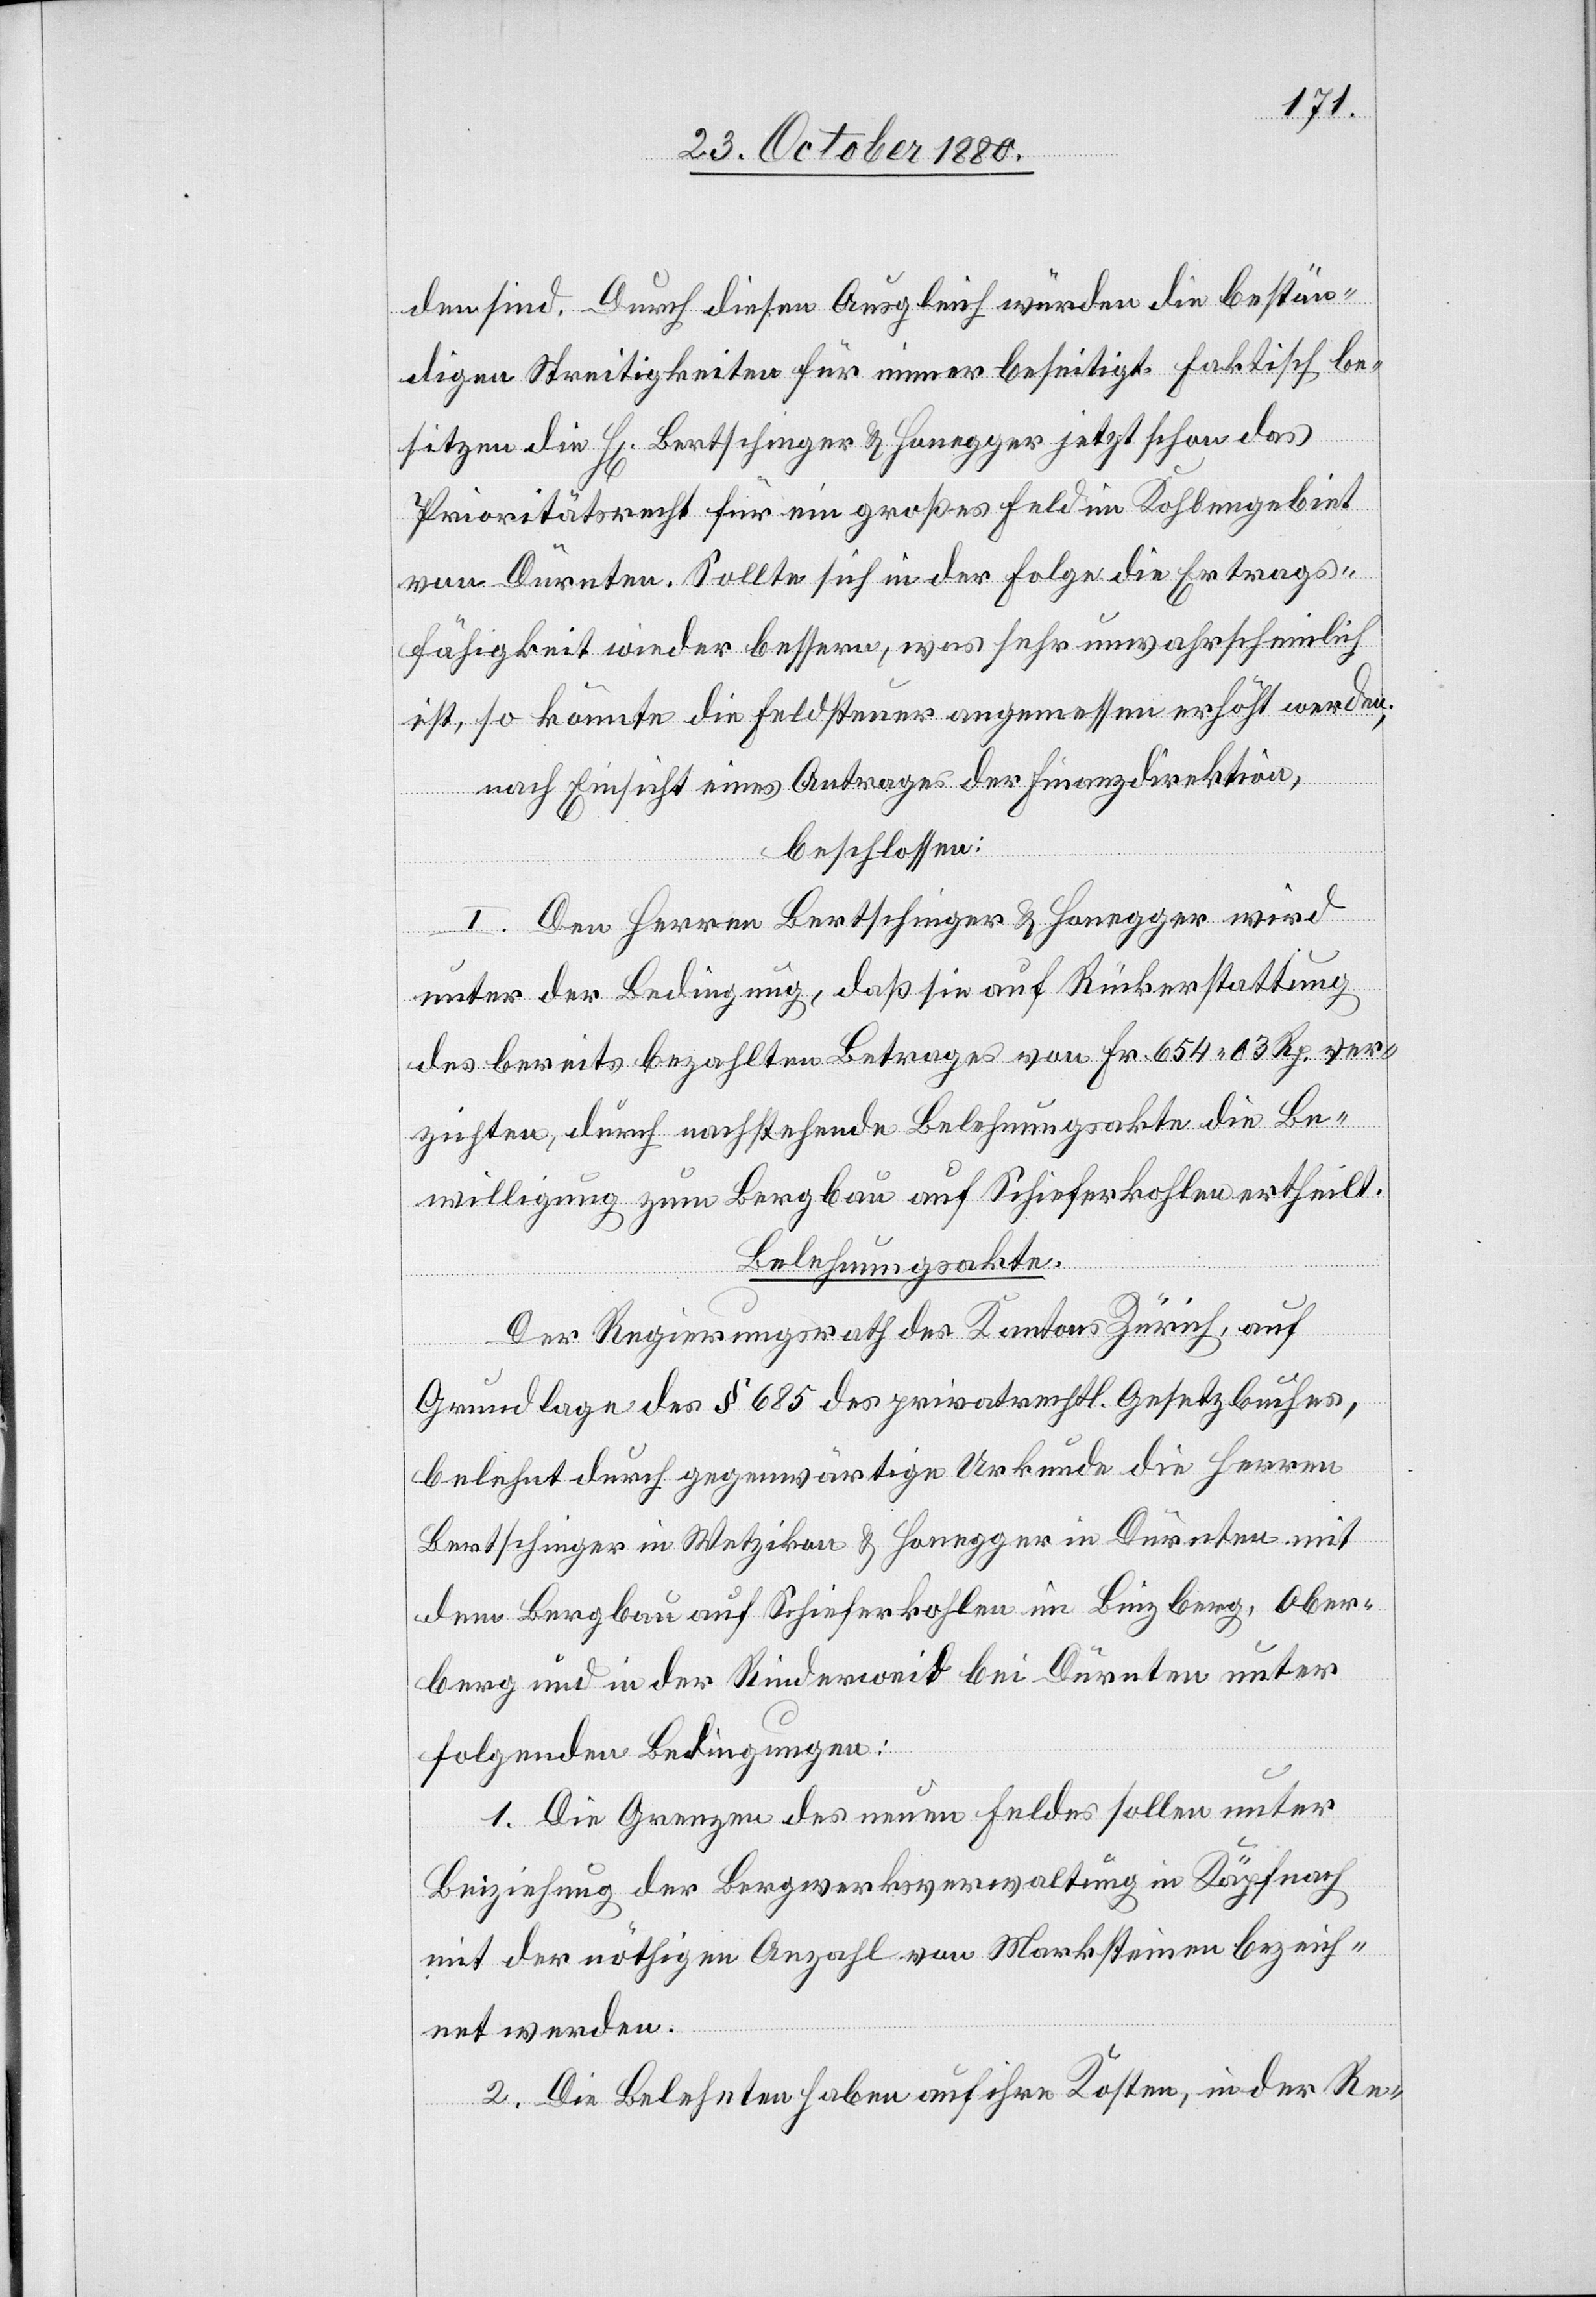
den sind. Durch diesen Ausgleich würden die bestän¬
digen Streitigkeiten für immer beseitigt. Faktisch be¬
sitzen die H[erren] Bertschinger & Honegger jetzt schon das
Prioritätsrecht für ein großes Feld im Kohlengebiet
von Dürnten. Sollte sich in der Folge die Ertrags¬
fähigkeit wieder bessern, was sehr unwahrscheinlich
ist, so könnte die Feldsteuer angemessen erhöht werden;
nach Einsicht eines Antrages der Finanzdirektion,
beschlossen:
I. Den Herren Bertschinger & Honegger wird
unter der Bedingung, daß sie auf Rückerstattung
des bereits bezahlten Betrages von Fr. 654 03 Rp. ver¬
zichten, durch nachstehende Belehnungsakte die Be¬
willigung zum Bergbau auf Schieferkohlen ertheilt.
Belehnungsakte.
Der Regierungsrath des Kantons Zürich, auf
Grundlage des § 685 des privatrechtl. Gesetzbuches,
belehnt durch gegenwärtige Urkunde die Herren
Bertschinger in Wetzikon & Honegger in Dürnten mit
dem Bergbau auf Schieferkohlen im Binzberg, Ober¬
berg und in der Riederweid bei Dürnten unter
folgenden Bedingungen:
1. Die Grenzen des neuen Feldes sollen unter
Beziehung der Bergwerksverwaltung in Käpfnach
mit der nöthigen Anzahl von Marksteinen bezeich¬
net werden.
2. Die Belehnten haben auf ihre Kosten, in der Re-